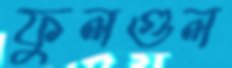
ফুলগুল